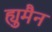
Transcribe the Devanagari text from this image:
ह्युमैन